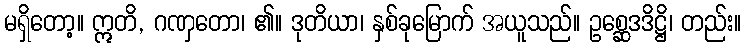
မရှိတော့။ ဣတိ, ဂဏှတော၊ ၏။ ဒုတိယာ၊ နှစ်ခုမြောက် အယူသည်။ ဥစ္ဆေဒဒိဋ္ဌိ၊ တည်း။